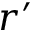
r ^ { \prime }